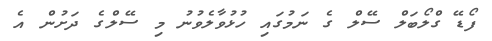
ފޯޑޭ ގްލޯބަލް ސޭލް ގެ ނަމުގައި ހުޅުވާލެވުނު މި ސޭލްގެ ދަށުން އެ